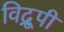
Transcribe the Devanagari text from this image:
विद्रूपी